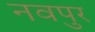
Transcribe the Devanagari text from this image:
नवपुर